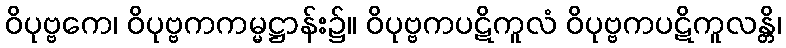
ဝိပုဗ္ဗကေ၊ ဝိပုဗ္ဗကကမ္မဋ္ဌာန်း၌။ ဝိပုဗ္ဗကပဋိကူလံ ဝိပုဗ္ဗကပဋိကူလန္တိ၊